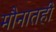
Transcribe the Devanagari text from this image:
मौनातही